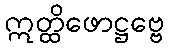
ဣတ္ထိဖောဋ္ဌဗ္ဗေ